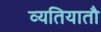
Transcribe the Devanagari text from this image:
व्यतियातौ